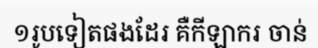
១រូបទៀតផងដែរ គឺកីឡាករ ចាន់